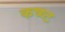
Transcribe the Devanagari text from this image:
कष्ष्ट